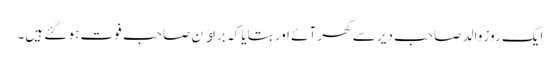
ایک روز والد صاحب دیر سے گھر آئے اور بتایا کہ براﺅن صاحب فوت ہو گئے ہیں۔